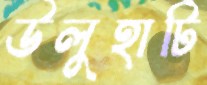
উলুহাটি